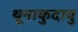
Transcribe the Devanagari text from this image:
थूनाकुदावु